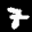
Label: 7